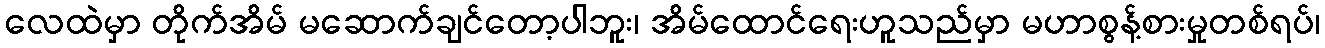
လေထဲမှာ တိုက်အိမ် မဆောက်ချင်တော့ပါဘူး၊ အိမ်ထောင်ရေးဟူသည်မှာ မဟာစွန့်စားမှုတစ်ရပ်၊